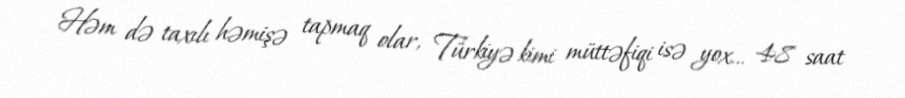
Həm də taxılı həmişə tapmaq olar, Türkiyə kimi müttəfiqi isə yox... 48 saat